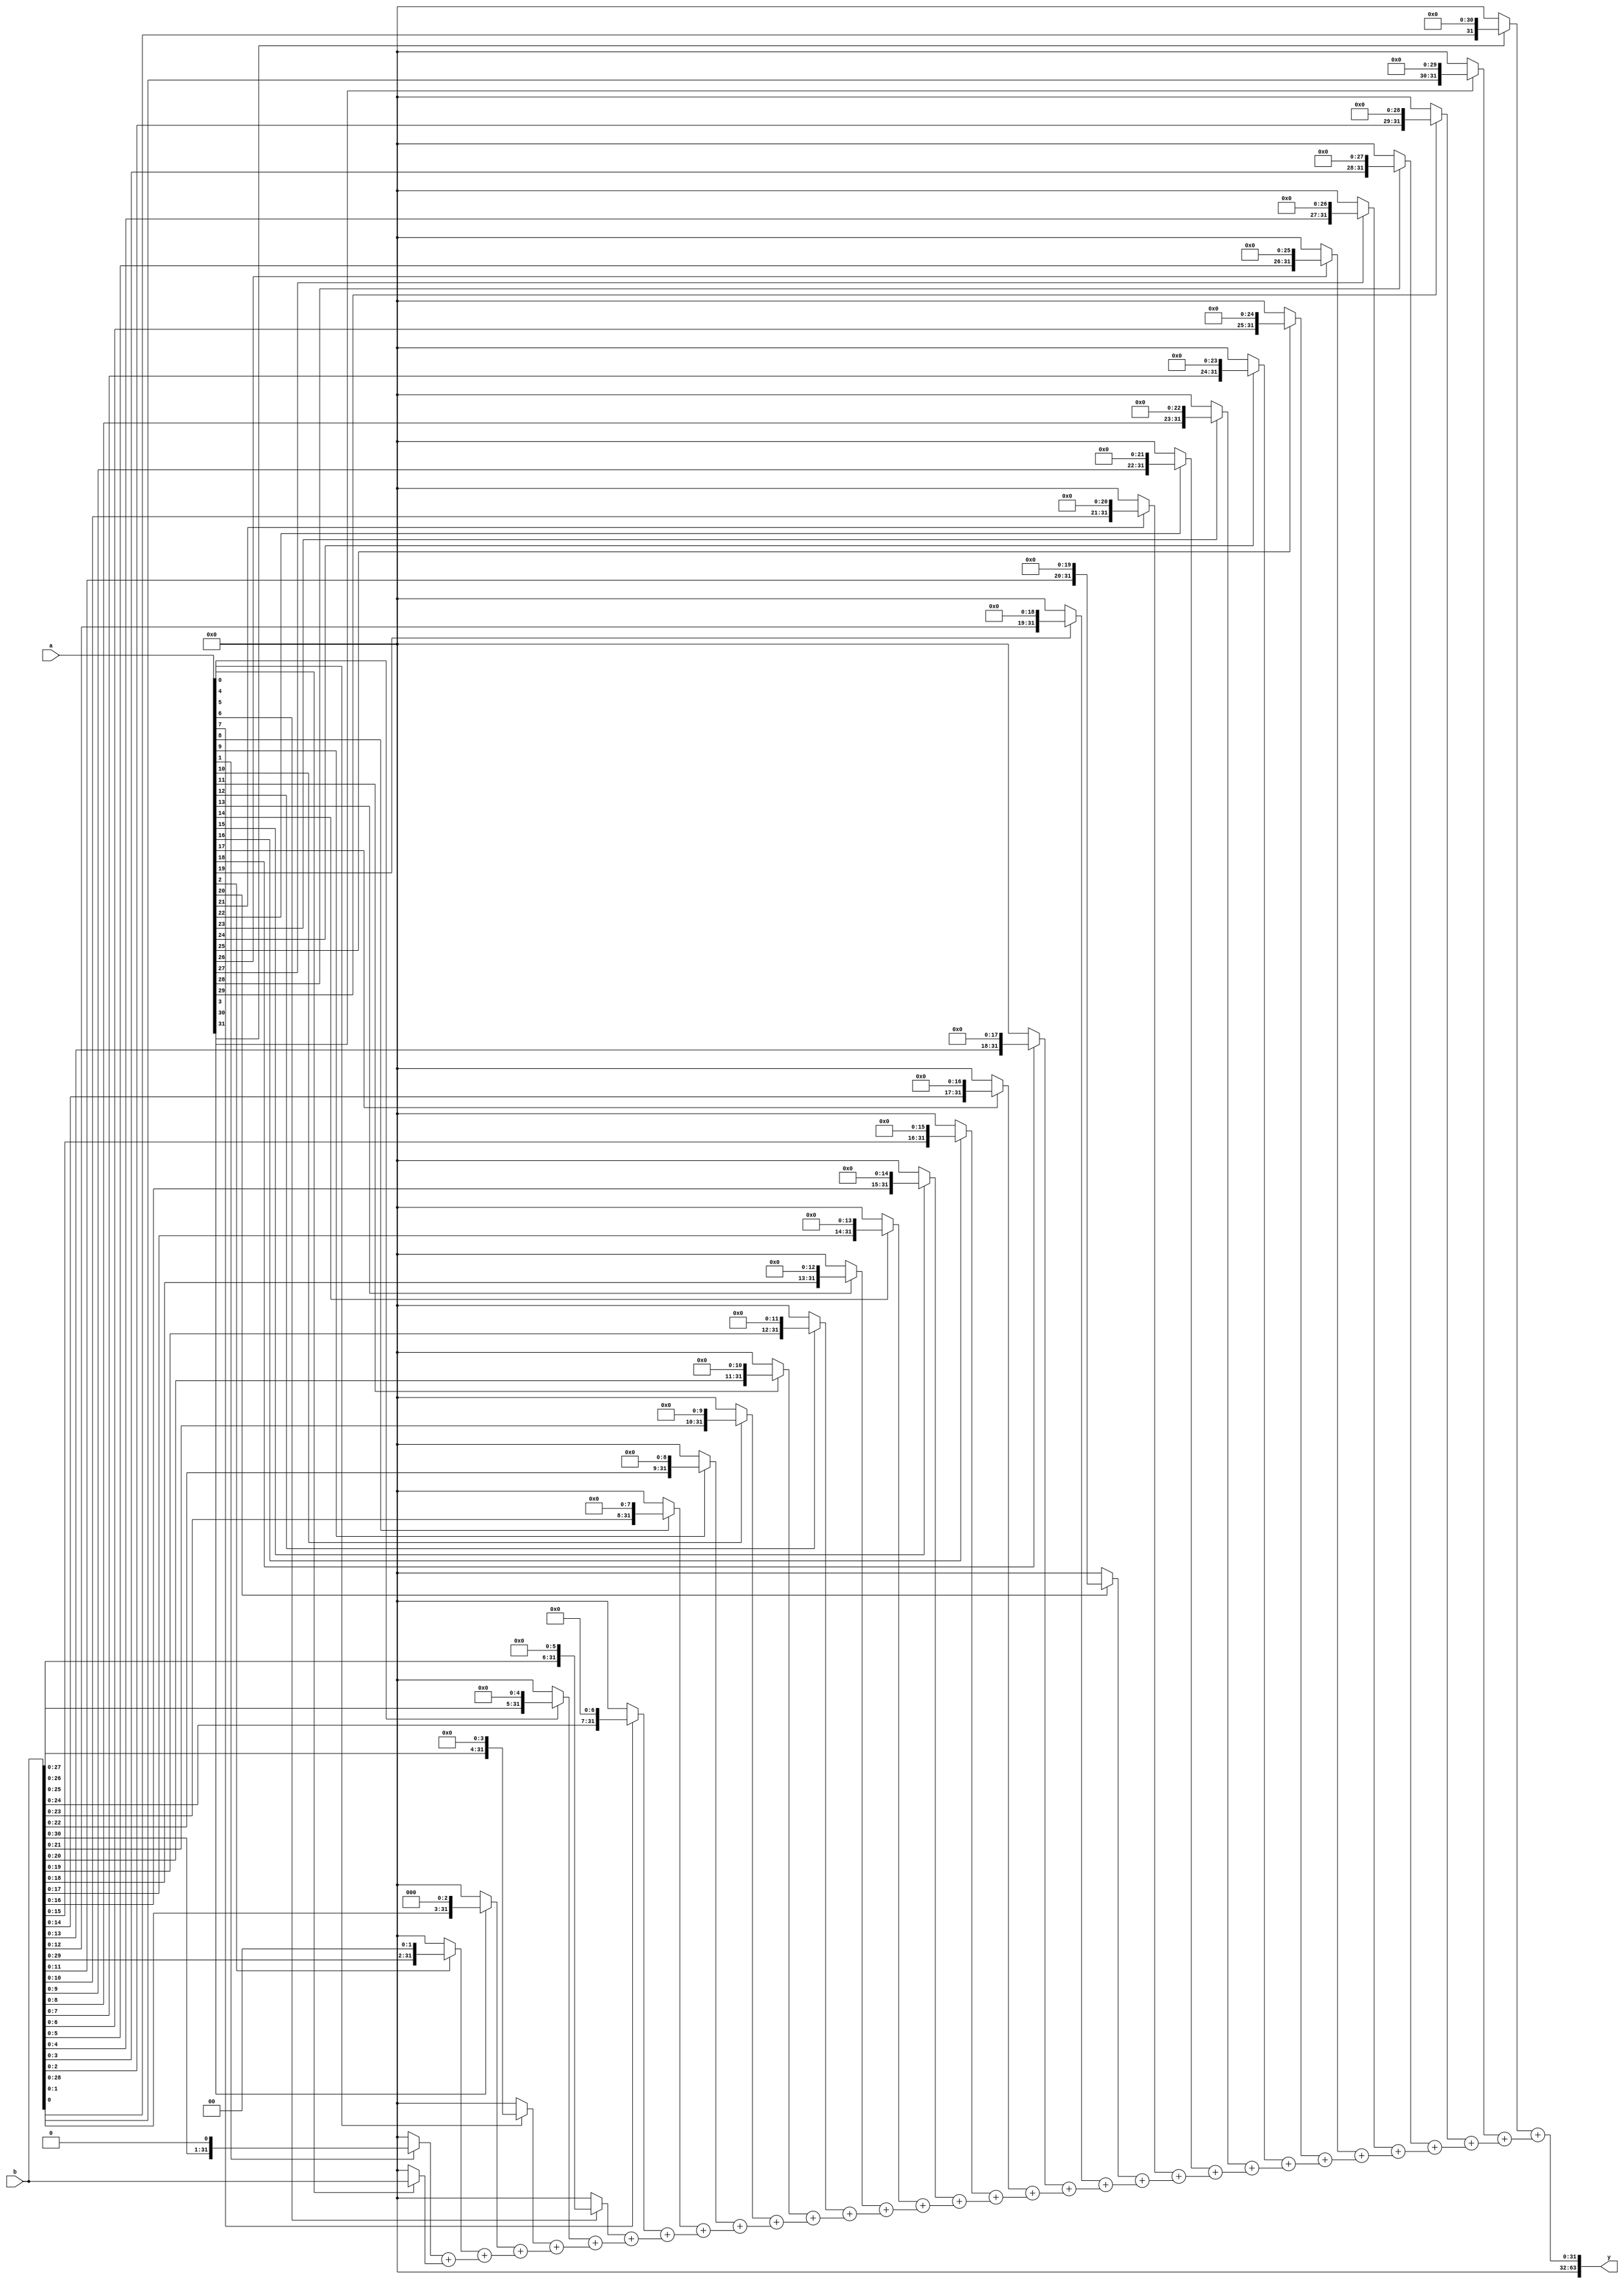
module array_multiplier(a, b, y); // 32*32 bit array multiplier

parameter width = 32;
input [width-1:0] a, b;
output [63:0] y;

wire [width*width-1:0] partials;

genvar i;
assign partials[width-1 : 0] = a[0] ? b : 0;
generate for (i = 1; i < width; i = i+1) begin:gen
    assign partials[width*(i+1)-1 : width*i] = (a[i] ? b << i : 0) +
                                   partials[width*i-1 : width*(i-1)];
end endgenerate

assign y = partials[width*width-1 : width*(width-1)];

endmodule